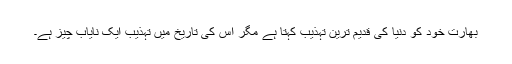
بھارت خود کو دنیا کی قدیم ترین تہذیب کہتا ہے مگر اُس کی تاریخ میں تہذیب ایک نایاب چیز ہے۔